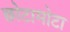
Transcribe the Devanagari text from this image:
छोटामोटा